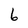
Character: 6